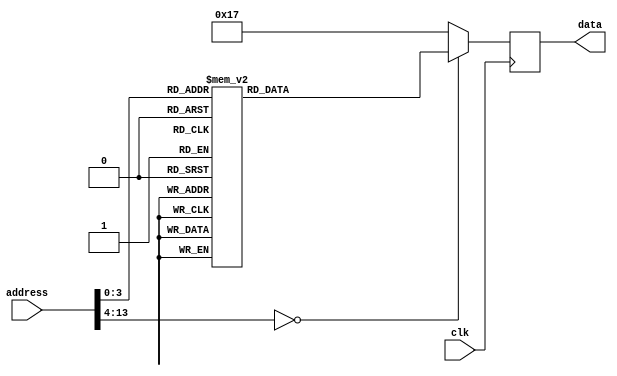
`timescale 1ns / 1ps

module addresstodata(
    input clk,
    input [13:0] address,
    output reg [7:0] data
    );

always @ (posedge clk) begin
    case (address)
        0 : data <= 8'h23;
        1 : data <= 8'h24;
        2 : data <= 8'h25;
        3 : data <= 8'h26;
        4 : data <= 8'h27;
        5 : data <= 8'h28;
        6 : data <= 8'h29;
        7 : data <= 8'h2a;
        8 : data <= 8'h2b;
        9 : data <= 8'h2c;
        default : data <= 8'h17;
    endcase
end
    
endmodule